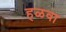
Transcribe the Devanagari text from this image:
हळवा